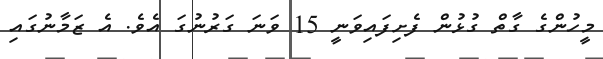
މީހުންގެ ގާތް ގުޅުން ފެށިފައިވަނީ 15 ވަނަ ގަރުނުގަ އެވެ. އެ ޒަމާނުގައި